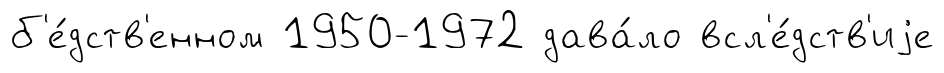
б'е́дств'енном 1950-1972 дава́ло всл'е́дств'иjе